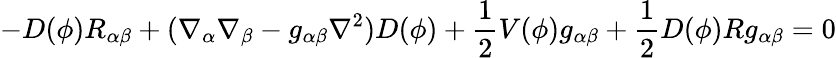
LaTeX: -D(\phi)R_{\alpha\beta}+(\nabla_{\alpha}\nabla_{\beta}-g_{\alpha\beta}\nabla^{2})D(\phi)+\frac{1}{2}V(\phi)g_{\alpha\beta}+\frac{1}{2}D(\phi)Rg_{\alpha\beta}=0